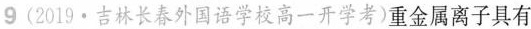
9 (2019·吉林长春外国语学校高一开学考)重金属离子具有